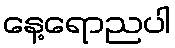
နေ့ရောညပါ